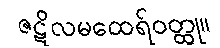
ဇဋိလမထေရ်ဝတ္ထု။